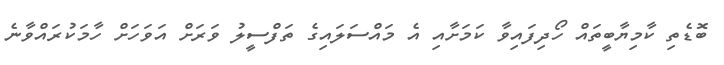
ބޮޑެތި ކާމިޔާބީތައް ހޯދިފައިވާ ކަމަށާއި އެ މައްސަލައިގެ ތަފްސީލު ވަރަށް އަވަހަށް ހާމަކުރައްވާނެ